Vital statistics of India. Vol. VI, European troops 1870-79
Year: 1870
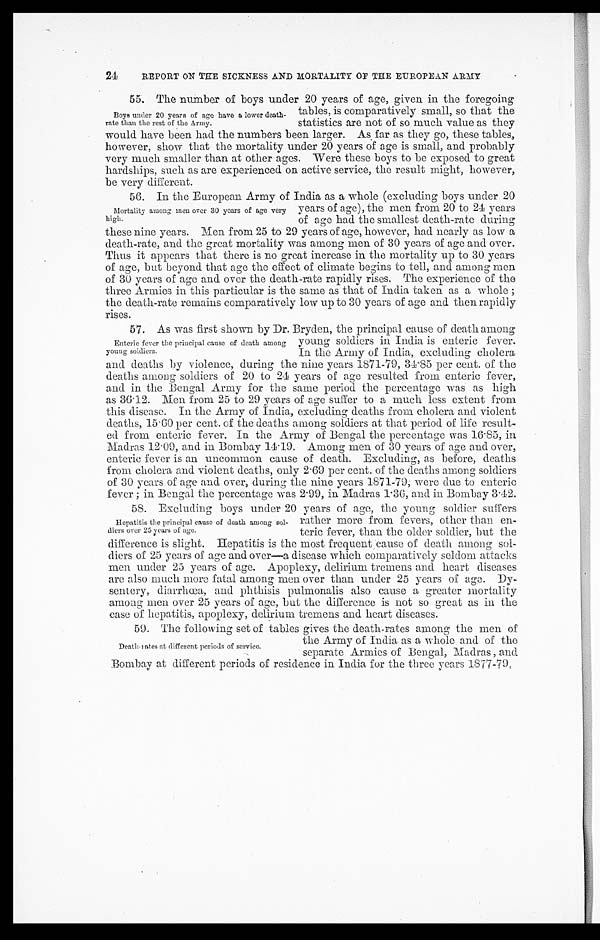
24
REPORT ON THE SICKNESS AND MORTALITY OF THE EUROPEAN ARMY
55. The number of boys under 20 years of age, given in the foregoing
Boys under 20 years of age have a lower death-
rate than the rest of the Army.
tables, is comparatively small, so that the
statistics are not of so much value as they
would have been had the numbers been larger. As far as they go, these tables,
however, show that the mortality under 20 years of age is small, and probably
very much smaller than at other ages. Were these boys to be exposed to great
hardships, such as are experienced on active service, the result might, however,
be very different.
56. In the European Army of India as a whole (excluding boys under 20
Mortality among men over 30 years of age very
high.
years of age), the men from 20 to 24 years
of age had the smallest death-rate during
these nine years. Men from 25 to 29 years of age, however, had nearly as low a
death-rate, and the great mortality was among men of 30 years of age and over.
Thus it appears that there is no great increase in the mortality up to 30 years
of age, but beyond that age the effect of climate begins to tell, and among men
of 30 years of age and over the death-rate rapidly rises. The experience of the
three Armies in this particular is the same as that of India taken as a whole ;
the death-rate remains comparatively low up to 30 years of age and then rapidly
rises.
57. As was first shown by Dr. Bryden, the principal cause of death among
Enteric fever the principal cause of death among
young soldiers.
young soldiers in India is enteric fever.
In the Army of India, excluding cholera
and deaths by violence, during the nine years 1871-79, 34.85 per cent. of the
deaths among soldiers of 20 to 24 years of age resulted from enteric fever,
and in the Bengal Army for the same period the percentage was as high
as 36.12. Men from 25 to 29 years of age suffer to a much less extent from
this disease. In the Army of India, excluding deaths from cholera and violent
deaths, 15.60 per cent. of the deaths among soldiers at that period of life result-
ed from enteric fever. In the Army of Bengal the percentage was 16.85, in
Madras 12.09, and in Bombay 14.19. Among men of 30 years of age and over,
enteric fever is an uncommon cause of death. Excluding, as before, deaths
from cholera and violent deaths, only 2.69 per cent. of the deaths among soldiers
of 30 years of age and over, during the nine years 1871-79, were due to enteric
fever ; in Bengal the percentage was 2.99, in Madras 1.36, and in Bombay 3.42.
58. Excluding boys under 20 years of age, the young soldier suffers
Hepatitis the principal cause of death among sol-
diers over 25 years of age.
rather more from fevers, other than en-
teric fever, than the older soldier, but the
difference is slight. Hepatitis is the most frequent cause of death among so
ldiers of 25 years of age and over—a disease which comparatively seldom attacks
men under 25 years of age. Apoplexy, delirium tremens and heart diseases
are also much more fatal among men over than under 25 years of age. Dy-
sentery, diarrhœa, and phthisis pulmonalis also cause a greater mortality
among men over 25 years of age, but the difference is not so great as in the
case of hepatitis, apoplexy, delirium tremens and heart diseases.
59. The following set of tables gives the death-rates among the men of
Death-rates at different periods of service.
the Army of India as a whole and of the
separate Armies of Bengal, Madras, and
Bombay at different periods of residence in India for the three years 1877-79.